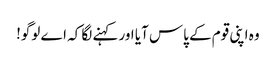
وہ اپنی قوم کے پاس آیا اور کہنے لگا کہ اے لوگو!